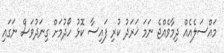
މައްސަލެއެއް ދިމާވެއްޖެ ނަމަ ޚަރަދު ކުރި ފައިސާ ކޮޅު ހޯދުމަށް ގިނަދުވަސް ނަގައި